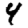
Digit: 4